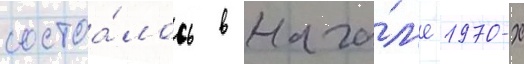
состоа́лось в нача́л'е 1970-х